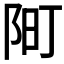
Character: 𫔿